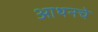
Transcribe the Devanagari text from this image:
आथनचे